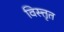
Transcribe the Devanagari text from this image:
विस्त्तृत